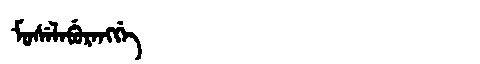
Manchu: ᠮᠣᠰᡝᠯᠠᠪᡠᡵᠠᠩᡤᡝ
Romanization: MOSELABURANGGE